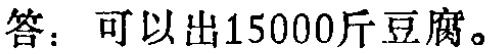
答：可以出15000斤豆腐。